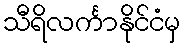
သီရိလင်္ကာနိုင်ငံမှ